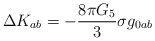
\begin{align*}\Delta K_{ab}=-\frac{8 \pi G_5}{3}\sigma g_{0ab}\end{align*}